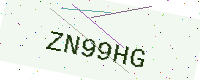
Text: ZN99HG